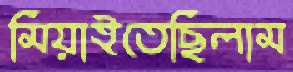
মিয়াইতেছিলাম